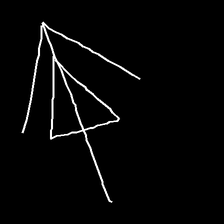
Glyph: pull